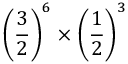
\left( { \frac { 3 } { 2 } } \right) ^ { 6 } \times \left( { \frac { 1 } { 2 } } \right) ^ { 3 }